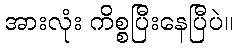
အားလုံး ကိစ္စပြီးနေပြီပဲ။